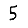
Digit: 5